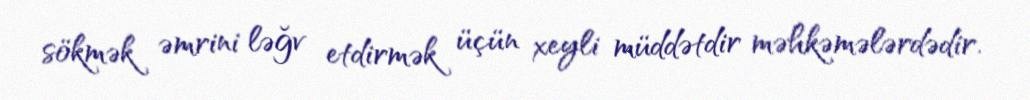
sökmək əmrini ləğv etdirmək üçün xeyli müddətdir məhkəmələrdədir.